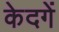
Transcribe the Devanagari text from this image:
केदगें